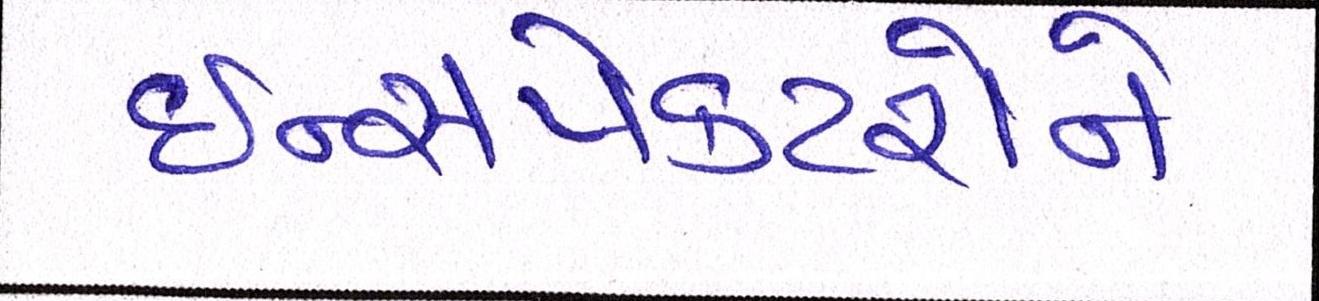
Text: ઈન્સપેકટરોને